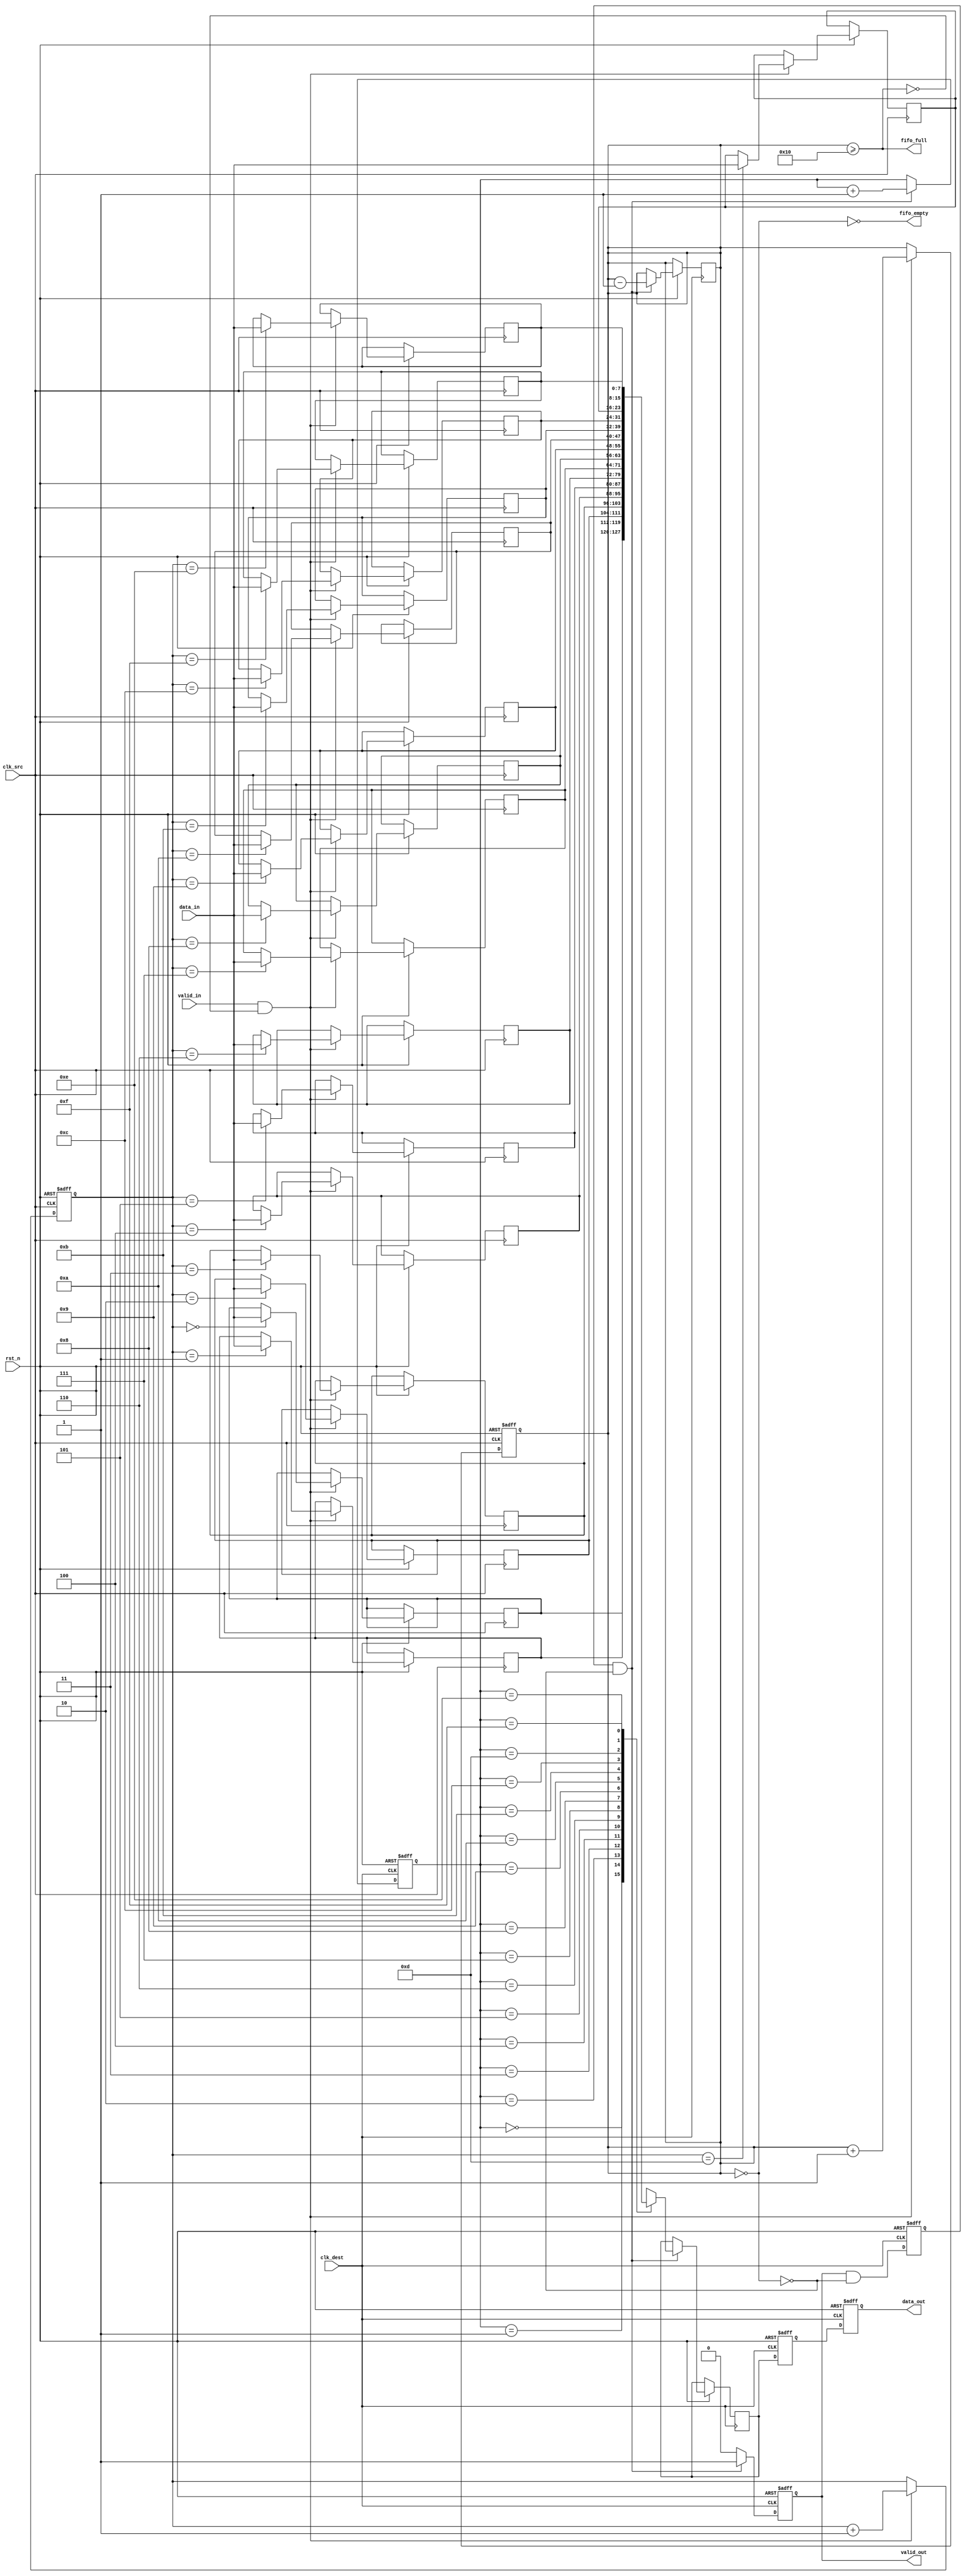
module burst_mode_synchronizer #(
    parameter DATA_WIDTH = 8,     // Width of the data bus
    parameter FIFO_DEPTH = 16      // Depth of the FIFO buffer
)(
    input  wire clk_src,           // Source clock
    input  wire clk_dest,          // Destination clock
    input  wire rst_n,             // Asynchronous reset, active low
    input  wire [DATA_WIDTH-1:0] data_in, // Data input from source clock domain
    input  wire valid_in,          // Valid signal for input data
    output wire [DATA_WIDTH-1:0] data_out, // Data output to destination clock domain
    output wire valid_out,         // Valid signal for output data
    output wire fifo_full,         // FIFO full indicator
    output wire fifo_empty         // FIFO empty indicator
);

    // FIFO memory
    reg [DATA_WIDTH-1:0] fifo_mem [0:FIFO_DEPTH-1];
    reg [3:0] write_ptr, read_ptr;
    reg [4:0] fifo_count; // Counter to track the number of items in FIFO

    // Handshaking signals
    reg write_enable;
    reg read_enable;

    // Synchronizing signals
    reg [DATA_WIDTH-1:0] sync_data;
    reg sync_valid;

    // State Variables
    wire fifo_full_n = (fifo_count >= FIFO_DEPTH);
    wire fifo_empty_n = (fifo_count == 0);

    // FIFO Write Logic in Source Clock Domain
    always @(posedge clk_src or negedge rst_n) begin
        if (!rst_n) begin
            write_ptr <= 0;
            fifo_count <= 0;
        end
        else if (valid_in && !fifo_full_n) begin
            fifo_mem[write_ptr] <= data_in;
            write_ptr <= write_ptr + 1;
            fifo_count <= fifo_count + 1;
        end
    end

    // FIFO Read Logic in Destination Clock Domain
    always @(posedge clk_dest or negedge rst_n) begin
        if (!rst_n) begin
            read_ptr <= 0;
            sync_valid <= 0;
        end
        else if (read_enable && !fifo_empty_n) begin
            sync_data <= fifo_mem[read_ptr];
            read_ptr <= read_ptr + 1;
            fifo_count <= fifo_count - 1;
            sync_valid <= 1;
        end
        else begin
            sync_valid <= 0;
        end
    end

    // Synchronization Stage
    reg [DATA_WIDTH-1:0] data_sync_0, data_sync_1;

    always @(posedge clk_dest or negedge rst_n) begin
        if (!rst_n) begin
            data_sync_0 <= 0;
            data_sync_1 <= 0;
        end
        else begin
            data_sync_0 <= sync_data; // First stage of synchronization
            data_sync_1 <= data_sync_0; // Second stage to reduce metastability
        end
    end

    // Output assignments
    assign data_out = data_sync_1;
    assign valid_out = sync_valid;

    // FIFO Status Signals
    assign fifo_full = fifo_full_n;
    assign fifo_empty = ~fifo_empty_n;

    // Handshaking Logic
    always @(posedge clk_src or negedge rst_n) begin
        if (!rst_n) begin
            write_enable <= 0;
        end
        else begin
            write_enable <= valid_in && !fifo_full_n;
        end
    end

    always @(posedge clk_dest or negedge rst_n) begin
        if (!rst_n) begin
            read_enable <= 0;
        end
        else begin
            read_enable <= sync_valid && !fifo_empty_n;
        end
    end

endmodule